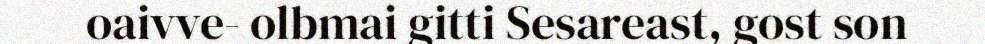
oaivve- olbmai gitti Sesareast, gost son